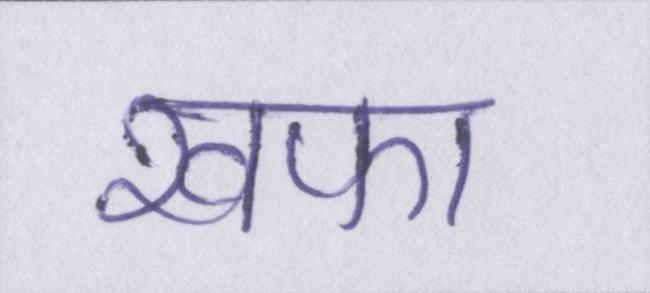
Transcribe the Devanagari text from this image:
खफा